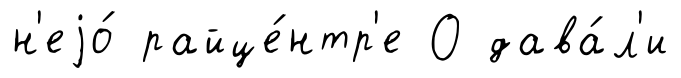
н'еjо́ райце́нтр'е О дава́л'и